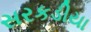
સરકડીયા